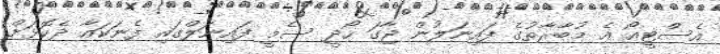
އެސްޓީއޯ އެ މުބާރާތުގެ ފައިނަލުން ޖާގަ ހޯދީ ސެމީ ފައިނަލްގައި ފެނަކައާ ދެކޮޅަށް